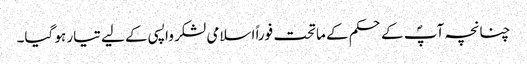
چنانچہ آپؐ کے حکم کے ماتحت فوراً اسلامی لشکر واپسی کے لیے تیار ہو گیا۔